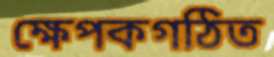
ক্ষেপকগঠিত